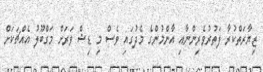
ޒިޔާރަތްކުރާ ފަތުރުވެރިންނާއި އާންމުންގެ މެދުގައި ވެސް މި ޑިޝް ވަރަށް މަގްބޫލު އެއްޗަކަށް